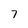
Character: 7